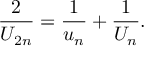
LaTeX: { \frac { 2 } { U _ { 2 n } } } = { \frac { 1 } { u _ { n } } } + { \frac { 1 } { U _ { n } } } .